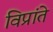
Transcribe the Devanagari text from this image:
विप्रांते